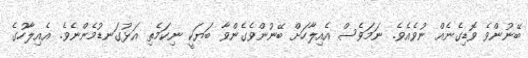
ބޭނުންވެ ވޮޑިގެނެއް ނުވެއެވެ. ނަމަވެސް އެއިލާހަށް ބޭނުންވެގެންވާ ބަޔަކީ ނިކަމެތި އަޅުގަނޑުމެންނެވެ. އެއިލާހުގެ